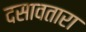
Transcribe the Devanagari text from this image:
दसावतारा